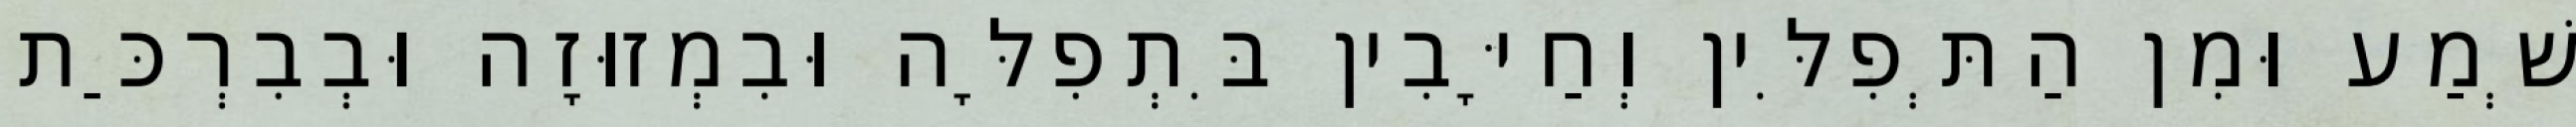
שְׁמַע וּמִן הַתְּפִלִּין וְחַיָּבִין בִּתְפִלָּה וּבִמְזוּזָה וּבְבִרְכַּת